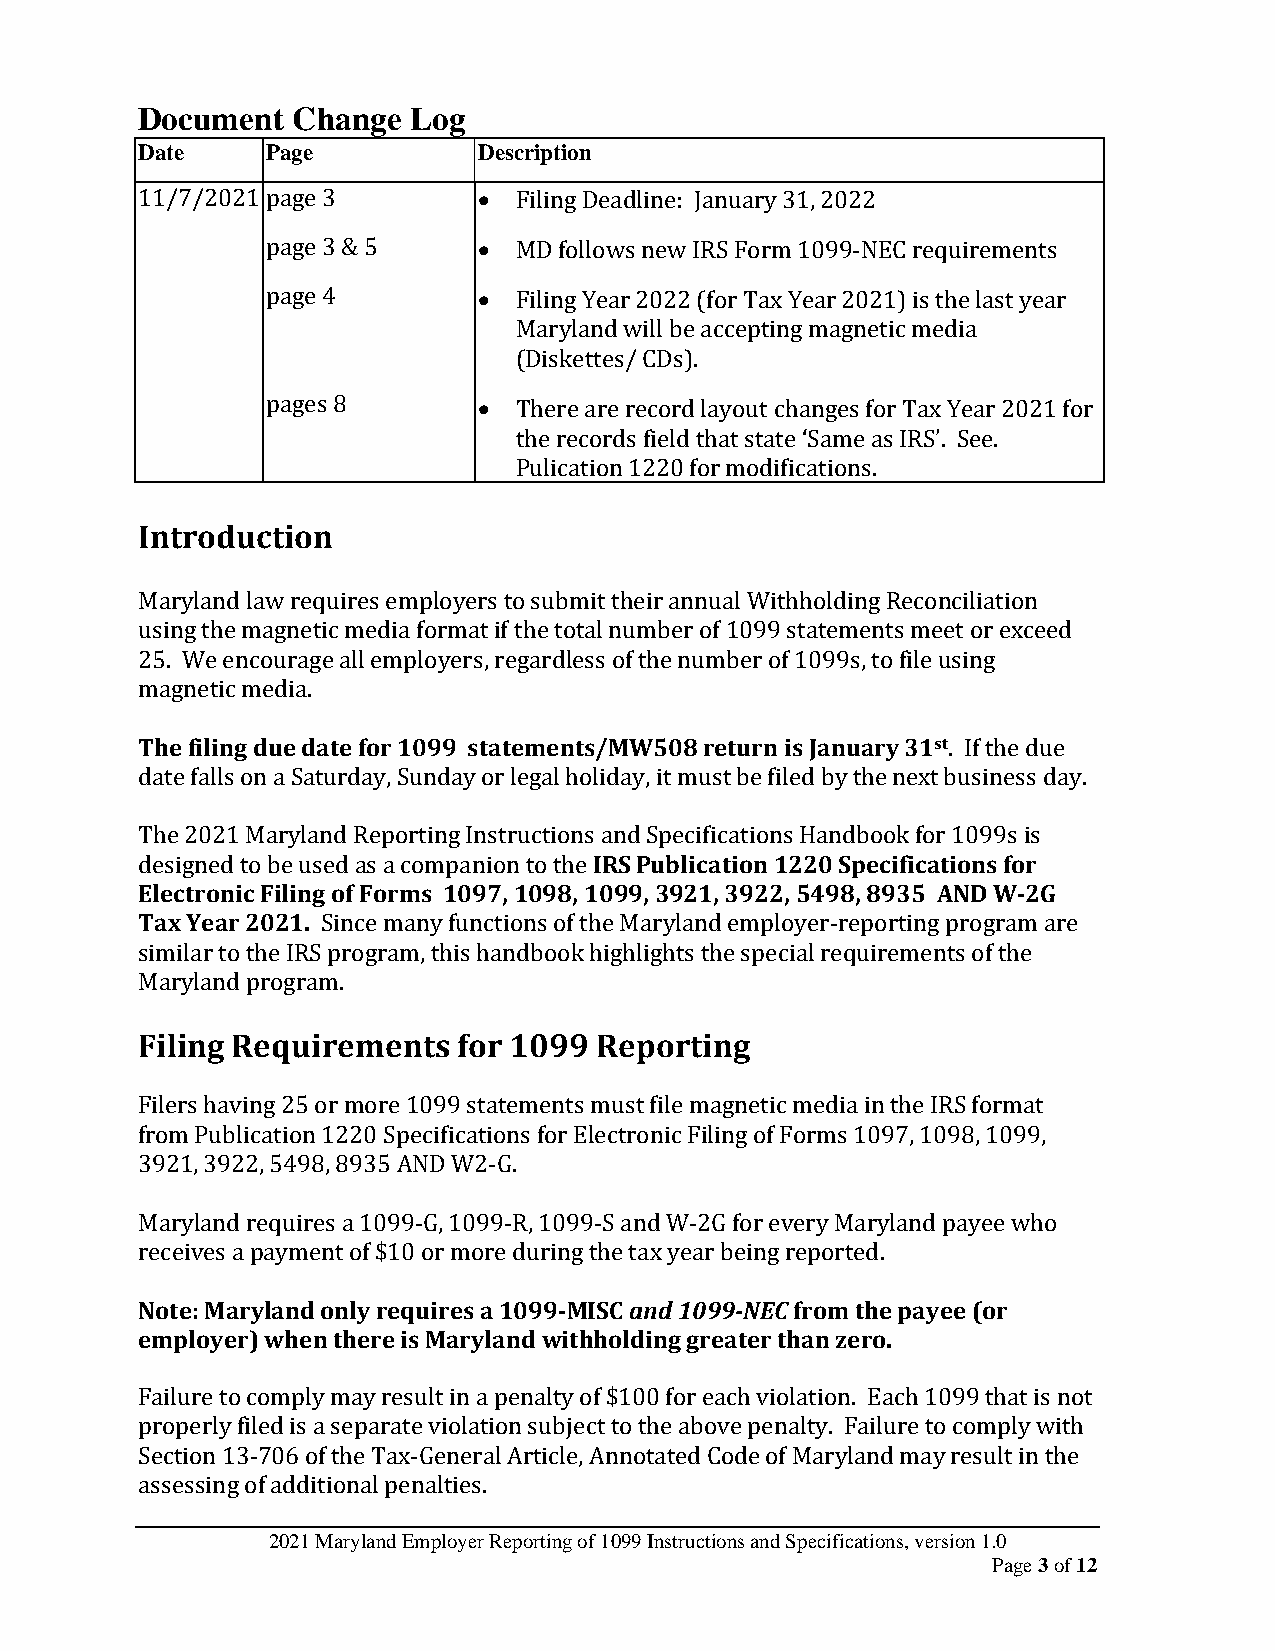
Document  Change  Log
 Date     Page          Description
 11/7/2021 page 3       • Filing Deadline: January 31, 2022
 page 3 & 5    • MD follows new IRS Form 1099-NEC requirements
 page 4        • Filing Year 2022 (for Tax Year 2021) is the last year
 Maryland will be accepting magnetic media
 (Diskettes/ CDs).
 pages 8       • There are record layout changes for Tax Year 2021 for
 the records field that state ‘Same as IRS’. See.
 Pulication 1220 for modifications.
 Introduction
 Maryland law requires employers to submit their annual Withholding Reconciliation
 using the magnetic media format if the total number of 1099 statements meet or exceed
 25. We encourage all employers, regardless of the number of 1099s, to file using
 magnetic media.
 The filing due date for 1099 statements/MW508 return is January 31st. If the due
 date falls on a Saturday, Sunday or legal holiday, it must be filed by the next business day.
 The 2021 Maryland Reporting Instructions and Specifications Handbook for 1099s is
 designed to be used as a companion to the IRS Publication 1220 Specifications for
 Electronic Filing of Forms 1097, 1098, 1099, 3921, 3922, 5498, 8935 AND W-2G
 Tax Year 2021. Since many functions of the Maryland employer-reporting program are
 similar to the IRS program, this handbook highlights the special requirements of the
 Maryland program.
 Filing Requirements  for 1099 Reporting
 Filers having 25 or more 1099 statements must file magnetic media in the IRS format
 from Publication 1220 Specifications for Electronic Filing of Forms 1097, 1098, 1099,
 3921, 3922, 5498, 8935 AND W2-G.
 Maryland requires a 1099-G, 1099-R, 1099-S and W-2G for every Maryland payee who
 receives a payment of $10 or more during the tax year being reported.
 Note: Maryland only requires a 1099-MISC and 1099-NEC from the payee (or
 employer) when there is Maryland withholding greater than zero.
 Failure to comply may result in a penalty of $100 for each violation. Each 1099 that is not
 properly filed is a separate violation subject to the above penalty. Failure to comply with
 Section 13-706 of the Tax-General Article, Annotated Code of Maryland may result in the
 assessing of additional penalties.
 2021 Maryland Employer Reporting of 1099 Instructions and Specifications, version 1.0
 Page 3 of 12